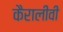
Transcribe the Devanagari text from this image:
कैरालीवी